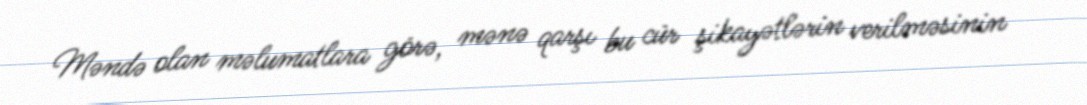
Məndə olan məlumatlara görə, mənə qarşı bu cür şikayətlərin verilməsinin